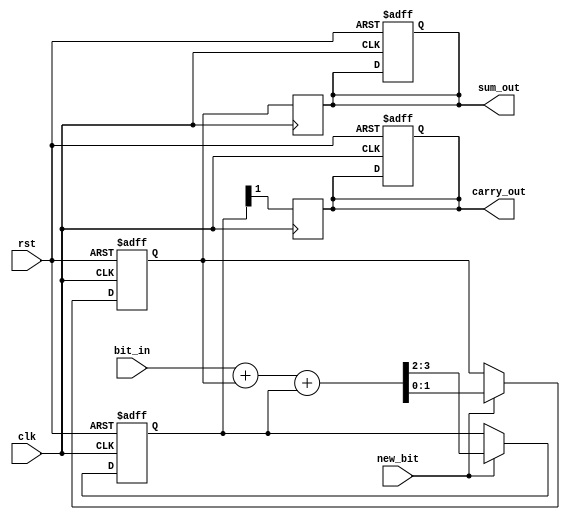
module CarrySaveAdder (
    input wire clk,            // Clock signal
    input wire rst,            // Reset signal
    input wire new_bit,       // New bit input signal
    input wire [1:0] bit_in,  // Incoming bit (2 bits: current sum and current carry)
    output reg [1:0] sum_out, // Final sum output
    output reg carry_out       // Final carry output
);

    reg [1:0] sum;            // Intermediate sum
    reg [1:0] carry;          // Intermediate carry

    always @(posedge clk or posedge rst) begin
        if (rst) begin
            sum <= 2'b00;     // Reset sum
            carry <= 2'b00;   // Reset carry
            sum_out <= 2'b00; // Reset sum output
            carry_out <= 1'b0; // Reset carry output
        end else if (new_bit) begin
            // Full adder operation
            {carry, sum} <= bit_in + sum + carry;
        end
    end

    // Final output logic
    always @(posedge clk) begin
        // Assign final outputs after all bits are added
        sum_out <= sum;
        carry_out <= carry[1]; // The final carry is the higher bit of carry register
    end

endmodule